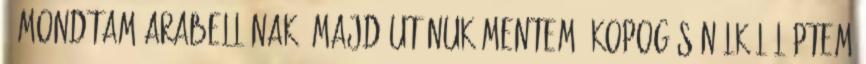
- mondtam Arabellának, majd utánuk mentem. Kopogás nélkül léptem